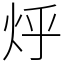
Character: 烀